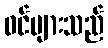
ဝင်များသည်